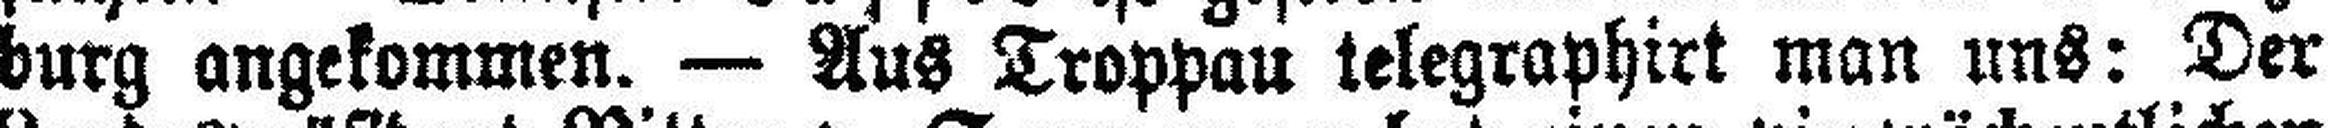
burg angekommen. — Aus Troppau telegraphirt man uns: Der